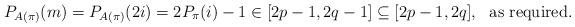
LaTeX: \begin{align*}P_{A( \pi )} (m) = P_{A( \pi )} (2i) =2 P_{\pi} (i) - 1 \in [ 2p-1, 2q-1 ] \subseteq [ 2p-1, 2q ],\ \mbox{ as required.}\end{align*}